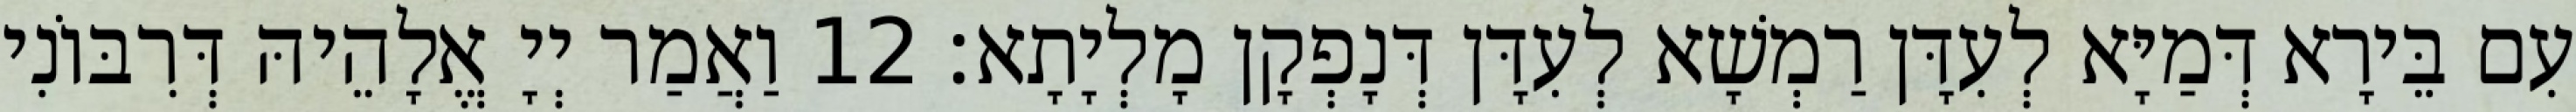
עִם בֵּירָא דְּמַיָּא לְעִדָּן רַמְשָׁא לְעִדָּן דְּנָפְקָן מָלְיָתָא׃ 12 וַאֲמַר יְיָ אֱלָהֵיהּ דְּרִבּוֹנִי